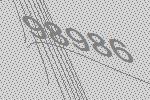
98986